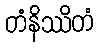
တံနိဿိတံ